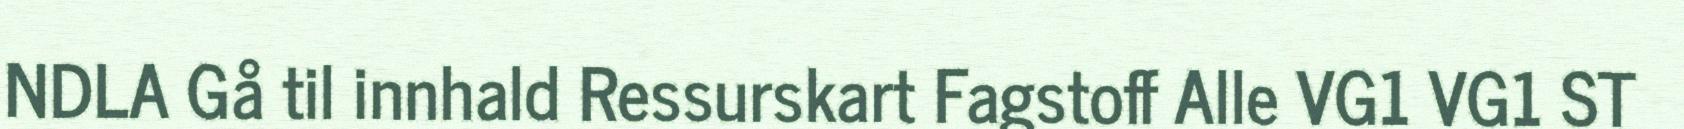
NDLA Gå til innhald Ressurskart Fagstoff Alle VG1 VG1 ST